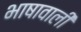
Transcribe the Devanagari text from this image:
भाषावाली